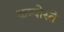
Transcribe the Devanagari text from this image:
कम्पोस्ते